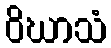
ဝိဃာသံ